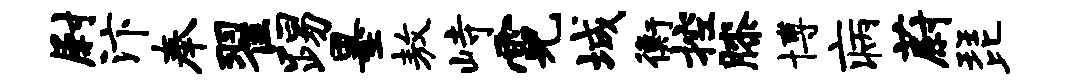
尉汴奉翟踢墨敖峙霓城衡控膝博病蔚琵